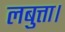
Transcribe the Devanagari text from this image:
लबुत्ता।